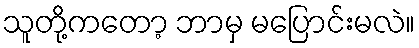
သူတို့ကတော့ ဘာမှ မပြောင်းမလဲ။